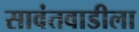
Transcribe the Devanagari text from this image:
सावंतवाडीला